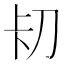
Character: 𭃐